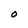
Character: O